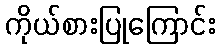
ကိုယ်စားပြုကြောင်း